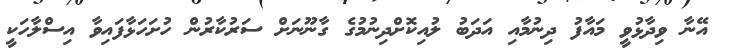
އޭނާ ވިދާޅުވީ މައާފު ދިނުމާއި އަދަބު ލުއިކޮށްދިނުމުގެ ގާނޫނަށް ސަރުކާރުން ހުށަހަޅާފައިވާ އިސްލާހަކީ